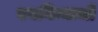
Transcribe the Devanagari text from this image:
बनविन्याची